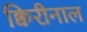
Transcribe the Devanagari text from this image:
क्विरीनाल